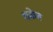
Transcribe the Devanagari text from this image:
शकेब